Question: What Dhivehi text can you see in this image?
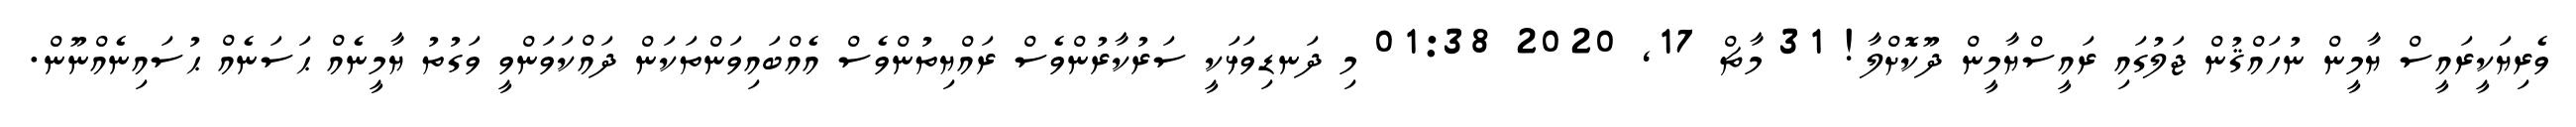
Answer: ވެރިޔަކީރައީސް ޔާމީން ނުހައްޤުން ޖަލުގައި ރައީސްޔާމީން ދޫކޮށްލާ! 31 މާޗް 17, 2020 01:38 މި ދަނޑިވަޅަކީ ސަރުކާރުންވެސް ރައްޔިތުންވެސް އެއްބައިވަންތަކަން ދައްކަވަންވީ ވަގުތު ޔާމީނެއް ޙަސަނެއް ޙުސައިނެއްނޫން.